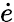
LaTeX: \dot{e}